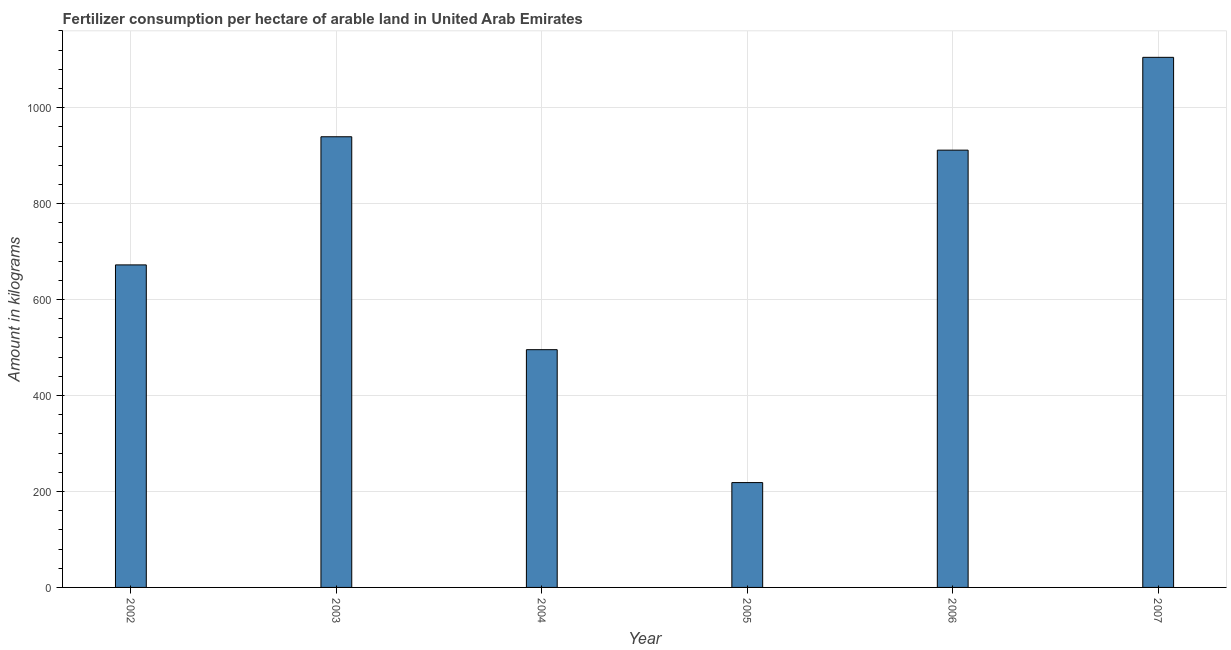
| Year | Fertilizer consumption |
 | --- | --- |
 | 2002 | 672 |
 | 2003 | 939 |
 | 2004 | 496 |
 | 2005 | 219 |
 | 2006 | 911 |
 | 2007 | 1.1e+03 |